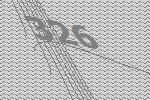
326